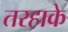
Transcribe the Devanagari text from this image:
तरहाके